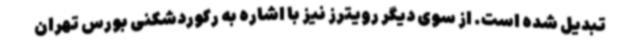
تبدیل شده است. از سوی دیگر رویترز نیز با اشاره به رکوردشکنی بورس تهران